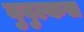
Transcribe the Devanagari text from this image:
बुबुल्कस